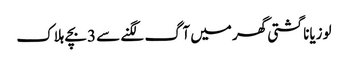
لوزیانا گشتی گھر میں آگ لگنے سے 3بچے ہلاک